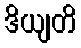
ဒိယျတိ